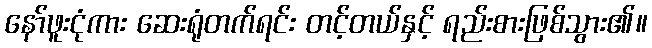
နော်ဖူးငုံကား ဆေးရုံတက်ရင်း တင့်တယ်နှင့် ရည်းစားဖြစ်သွား၏။